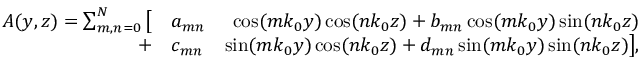
\begin{array} { r l r } { A ( y , z ) = \sum _ { m , n = 0 } ^ { N } \big [ } & { { } a _ { m n } } & { \cos ( m k _ { 0 } y ) \cos ( n k _ { 0 } z ) + b _ { m n } \cos ( m k _ { 0 } y ) \sin ( n k _ { 0 } z ) } \\ { + } & { { } c _ { m n } } & { \sin ( m k _ { 0 } y ) \cos ( n k _ { 0 } z ) + d _ { m n } \sin ( m k _ { 0 } y ) \sin ( n k _ { 0 } z ) \big ] , } \end{array}